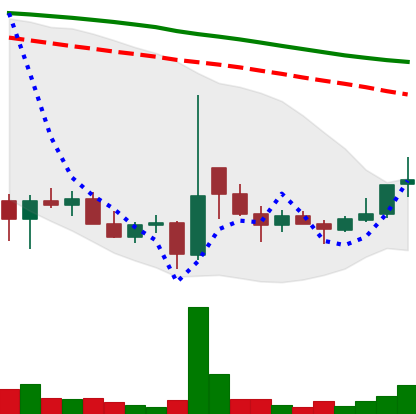
Ticker: DOGE-USD
Chart end date: 2021-12-24
Forward return: -10.104%
Label: down_7plus